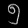
Digit: ၅